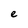
Character: e